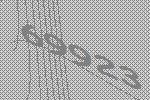
69923